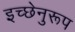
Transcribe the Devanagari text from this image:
इच्छेनुरूप